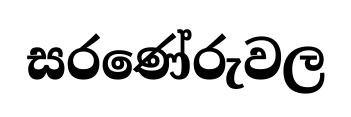
සරණේරුවල